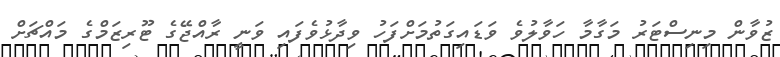
ޒުވާން މިނިސްޓަރު މަގާމާ ހަވާލުވެ ވަޑައިގަތުމަށްފަހު ވިދާޅުވެފައި ވަނީ ރާއްޖޭގެ ޓޫރިޒަމްގެ މައްޗަށް